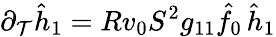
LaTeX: \partial_{\mathcal{T}}\hat{{h}}_{1}=Rv_{0}S^{2}g_{11}\hat{{f}}_{0}\, \hat{{h}}_{1}